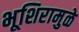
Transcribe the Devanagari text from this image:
भूशिरामुळे